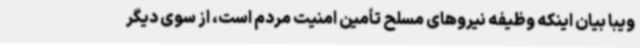
ویبا بیان اینکه وظیفه نیروهای مسلح تأمین امنیت مردم است، از سوی دیگر